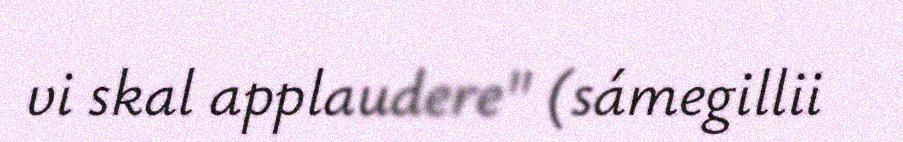
vi skal applaudere" (sámegillii